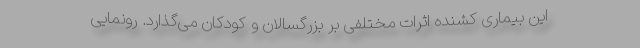
این بیماری کشنده اثرات مختلفی بر بزرگسالان و کودکان می‌گذارد. رونمایی